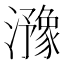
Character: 𤂻